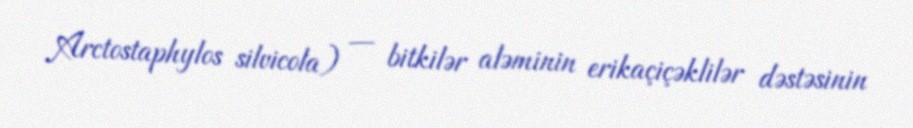
Arctostaphylos silvicola) — bitkilər aləminin erikaçiçəklilər dəstəsinin